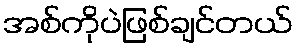
အစ်ကိုပဲဖြစ်ချင်တယ်